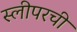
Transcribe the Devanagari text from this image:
स्लीपरची